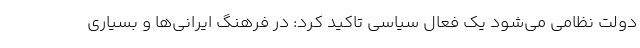
دولت نظامی می‌شود یک فعال سیاسی تاکید کرد: در فرهنگ ایرانی‌ها و بسیاری